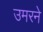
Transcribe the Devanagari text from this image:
उमरने